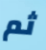
ثم